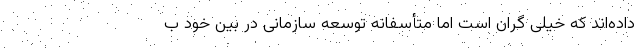
داده‌اند که خیلی گران است اما متأسفانه توسعه سازمانی در بین خود ب